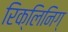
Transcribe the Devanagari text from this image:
रिक्लिनिग्